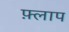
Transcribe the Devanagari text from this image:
फ़्लाप